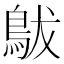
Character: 䳁